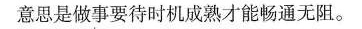
意思是做事要待时机成熟才能畅通无阻。